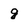
Character: g